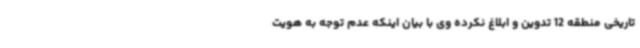
تاریخی منطقه 12 تدوین و ابلاغ نکرده وی با بیان اینکه عدم توجه به هویت